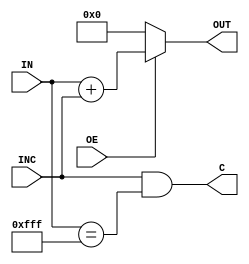
//
// Incrementer.v - for the PDP-8 in Verilog project
//
// github.com/SmallRoomLabs/PDP8-Verilog
// Mats Engstrom - mats.engstrom@gmail.com
//
// Incrementer | 1 | 2 | 1 | 1
//

`default_nettype none

module Incrementer (
  input [11:0] IN,
  input INC,
  input OE,
  output [11:0] OUT,
  output C
);

assign OUT=(OE==1 ? IN+{11'b0,INC} : 12'b0);
assign C=(INC==1 && IN==4095);

endmodule